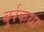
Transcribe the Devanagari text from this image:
बुर्रकथा